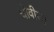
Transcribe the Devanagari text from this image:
चोवीस।